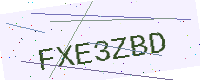
Text: FXE3ZBD